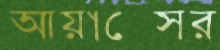
আয়াক্সের